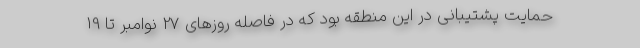
حمایت پشتیبانی در این منطقه بود که در فاصله روزهای 27 نوامبر تا 19